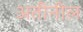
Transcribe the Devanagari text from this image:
अतीनील